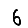
Digit: 6